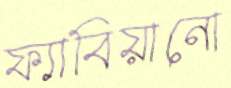
ফ্যাবিয়ানো